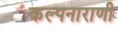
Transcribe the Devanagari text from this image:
कल्पनाराणी